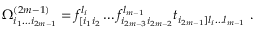
\Omega _ { i _ { 1 } \dots i _ { 2 m - 1 } } ^ { ( 2 m - 1 ) } = f _ { [ i _ { 1 } i _ { 2 } } ^ { l _ { i } } \dots f _ { i _ { 2 m - 3 } i _ { 2 m - 2 } } ^ { l _ { m - 1 } } t _ { i _ { 2 m - 1 } ] l _ { i } \dots l _ { m - 1 } } \ .